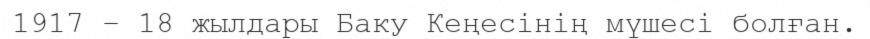
1917 – 18 жылдары Баку Кеңесінің мүшесі болған.